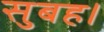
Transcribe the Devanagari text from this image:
सुबह।